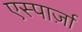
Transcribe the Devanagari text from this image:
एस्पार्ज़ा